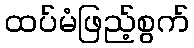
ထပ်မံဖြည့်စွက်